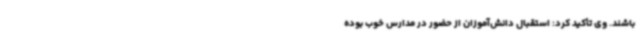
باشند. وی تأکید کرد: استقبال دانش‌آموزان از حضور در مدارس خوب بوده